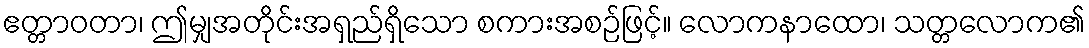
ဧတ္တာဝတာ၊ ဤမျှအတိုင်းအရှည်ရှိသော စကားအစဉ်ဖြင့်။ လောကနာထော၊ သတ္တလောက၏